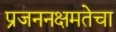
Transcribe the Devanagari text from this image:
प्रजननक्षमतेचा